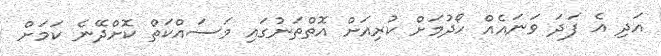
އަދި އެ ފަދަ ވަނައެއް ހޯދުމަށް ކުރިއަށް އޮތްތަނުގައި މަސައްކަތް ކޮށްދޭނެ ކަމަށް